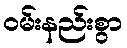
ဝမ်းနည်းစွာ